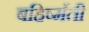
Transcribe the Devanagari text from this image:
बहिर्ष्मती